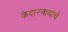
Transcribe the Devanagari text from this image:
केदारबाबांचे